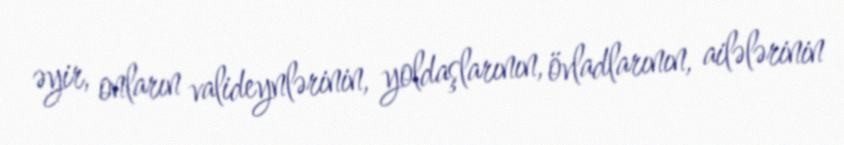
əyir, onların valideynlərinin, yoldaşlarının, övladlarının, ailələrinin